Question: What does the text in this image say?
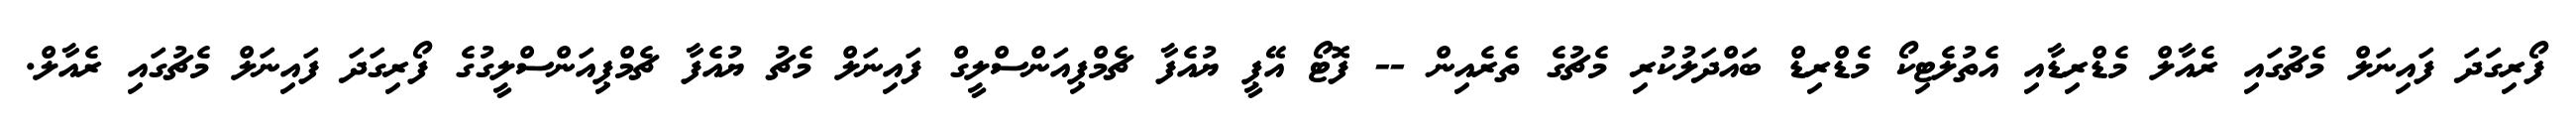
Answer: ފޯރިގަދަ ފައިނަލް މެޗުގައި ރެއާލް މެޑްރިޑާއި އެތުލެޓިކޯ މެޑްރިޑް ބައްދަލުކުރި މެޗުގެ ތެރެއިން -- ފޮޓޯ އޭޕީ ޔުއެފާ ޗެމްޕިއަންސްލީގް ފައިނަލް މެޗު ޔުއެފާ ޗެމްޕިއަންސްލީގުގެ ފޯރިގަދަ ފައިނަލް މެޗުގައި ރެއާލް.